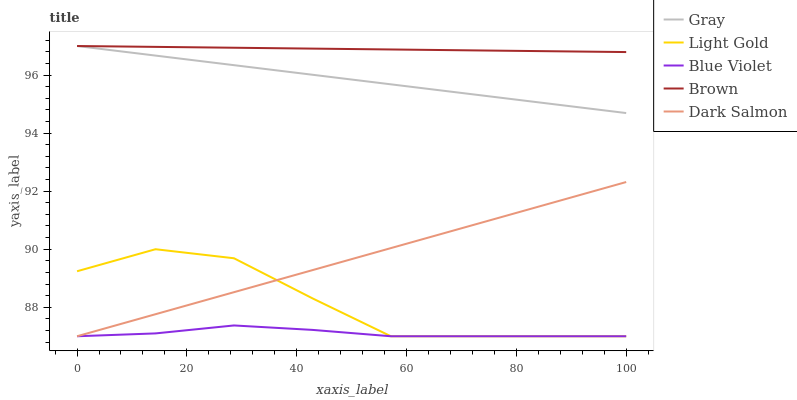
| xaxis_label | Gray | Light Gold | Blue Violet | Brown | Dark Salmon |
 | --- | --- | --- | --- | --- | --- |
 | 0 | 97 | 89.2 | 87 | 97 | 87 |
 | 14.3 | 96.7 | 90 | 87.1 | 97 | 87.8 |
 | 28.6 | 96.3 | 89.7 | 87.4 | 96.9 | 88.5 |
 | 42.9 | 96 | 88.3 | 87.2 | 96.9 | 89.3 |
 | 57.1 | 95.7 | 87 | 87 | 96.9 | 90 |
 | 71.4 | 95.4 | 87 | 87 | 96.9 | 90.8 |
 | 85.7 | 95 | 87 | 87 | 96.8 | 91.6 |
 | 100 | 94.7 | 87 | 87 | 96.8 | 92.3 |